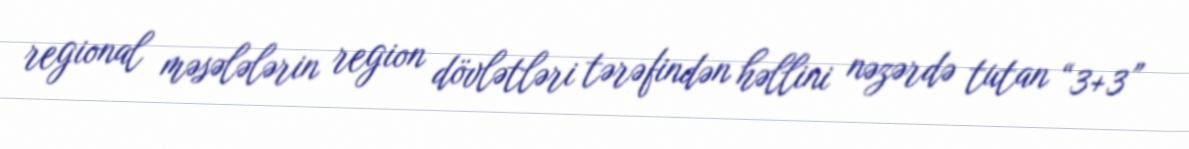
regional məsələlərin region dövlətləri tərəfindən həllini nəzərdə tutan “3+3”